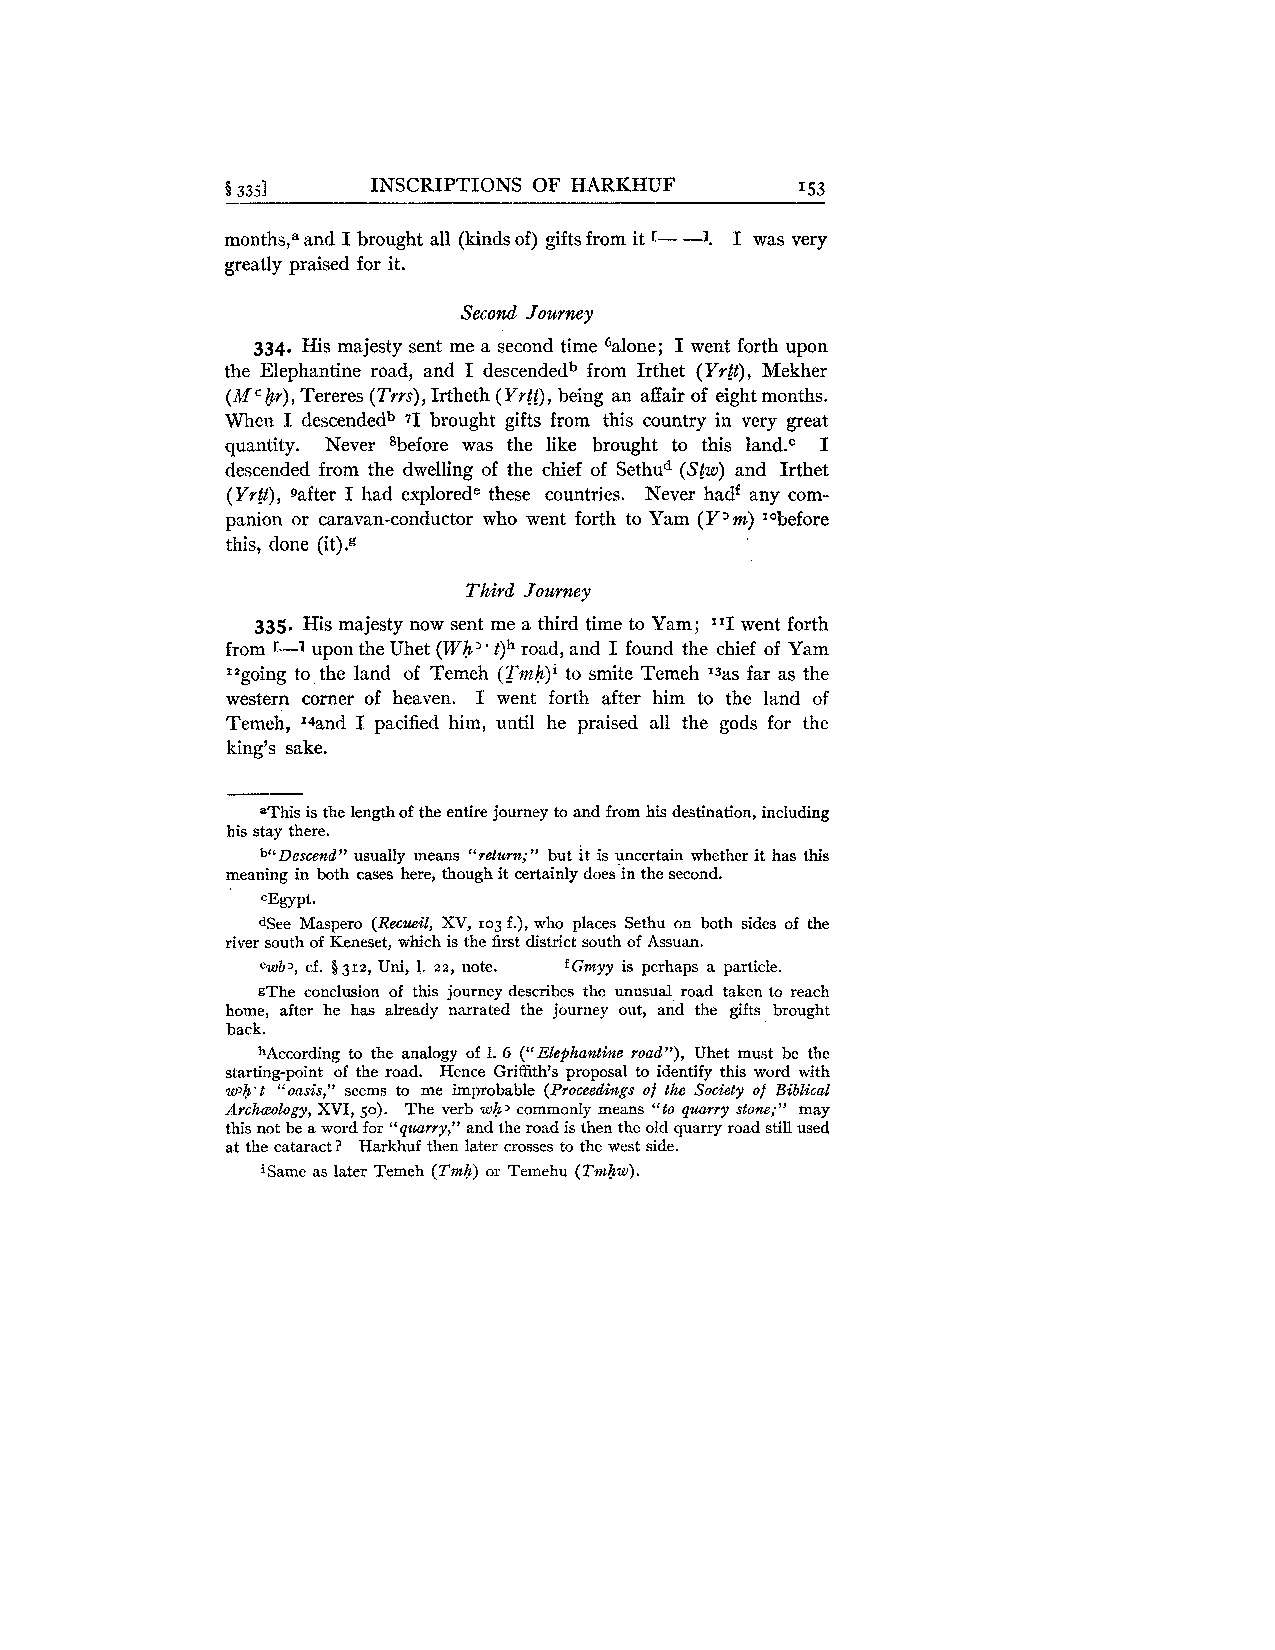
§ 3351    INSCRIPTIONS OF HARKHUF     I53
 rnonth~a,n~d I brought all (kinds of) gifts from it r- -1. I was very
 greatly praised for it.
 Second Journey
 334. His majesty sent me a second time 6alone; I went forth upon
 the Elephantine road, and I descendedb from Irthet (Yrtt), Mekher
 (M by), Tereres (Trrs), Irtheth (Yrtt), being an affair of eight months.
 When I descendedb 71 brought gifts from this country in very great
 quantity. Never 8before was the like brought to this land.c I
 descended from the dwelling of the chief of Sethud (Stw) and Irthet
 (Yrtt), Qafter I had explorede these countries. Never hadf any com-
 panion or caravan-conductor who went forth to Yam (Y'm) '"before
 this, done (it).g
 Third Journey
 335. His majesty now sent me a third time to Yam; 111w ent forth
 from r-1 upon the Uhet (Wh" t)h road, and I found the chief of Yam
 Izgoing to the land of Temeh (Trnh)' to smite Temeh Isas far as the
 western corner of heaven. I went forth after him to the land of
 Temeh, x4and I pacified him, until he praised all the gods for the
 king's sake.
 aThis is the length of the entire journey to and from his destination, including
 his stay there.
 bUDescend" usually means "return;" but it is pncertain whether it has this
 meaning in both cases here, though it certainly does in the second.
 ~Egypt.
 dSee Maspero (Recueil, XV, 103 f.), who places Sethu on both sides of the
 river south of Keneset, which is the first district south of Assuan.
 ewb>, cf. $312, Uni, 1. 22, note. fGmyy is perhaps a particle.
 gThe conclusion of this journey describes the unusual road taken to reach
 home, after he has already narrated the journey out, and the gifts brought
 back.
 hAccording to the analogy of 1. 6 ("Elephantine road"), Uhet must be the
 starting-point of the road. Hence Griffith's proposal to identify this word with
 w3h.t "oasis," seems to me improbable (Proceedings of the Society of Biblical
 Archceology, XVI, so). The verb w&>c ommonly means "to quarry stone;" may
 this not he a word for "quarry," and the road is then the old quarry road still used
 at the cataract? Harkhuf then later crosses to the west side.
 iSame as later Temeh (Tmh) or Temehu (Tmhw).